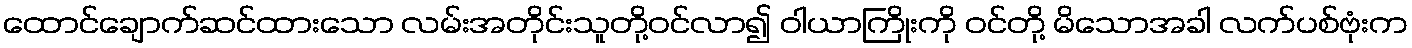
ထောင်ချောက်ဆင်ထားသော လမ်းအတိုင်းသူတို့ဝင်လာ၍ ဝါယာကြိုးကို ဝင်တို့ မိသောအခါ လက်ပစ်ဗုံးက